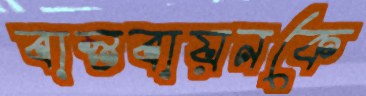
বাস্তবায়নকে